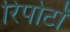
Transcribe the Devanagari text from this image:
रिपोर्टां